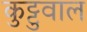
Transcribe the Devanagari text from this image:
कुट्टुवाल